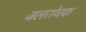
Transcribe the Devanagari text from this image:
जलरोघक